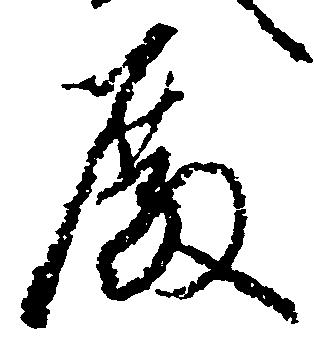
殿